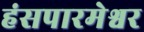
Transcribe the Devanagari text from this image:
हंसपारमेश्वर